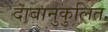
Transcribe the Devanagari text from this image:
दाबानुकुलित